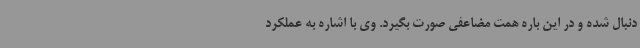
دنبال شده و در این باره همت مضاعفی صورت بگیرد. وی با اشاره به عملکرد